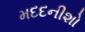
મદદનીશો